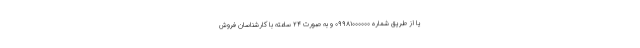
یا از طریق شماره ۰۹۹۸۱۰۰۰۰۰۰ و به صورت ۲۴ ساعته با کارشناسان فروش